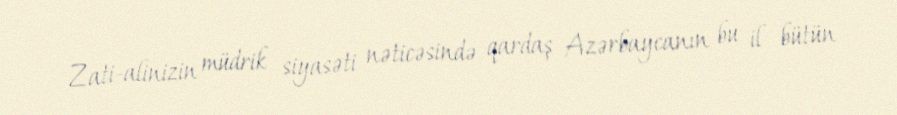
Zati-alinizin müdrik siyasəti nəticəsində qardaş Azərbaycanın bu il bütün